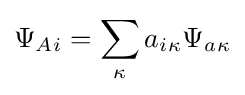
\Psi {_{A}{}_{i}}=\sum _{\kappa }a{_{i}{}_{\kappa }}\Psi {_{a}{}_{\kappa }}